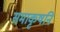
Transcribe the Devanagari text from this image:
समाकृषनि